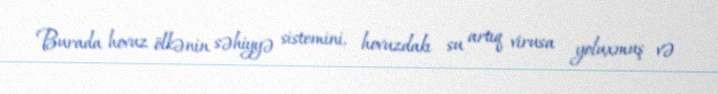
Burada hovuz ölkənin səhiyyə sistemini, hovuzdakı su artıq virusa yoluxmuş və